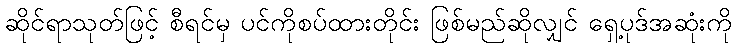
ဆိုင်ရာသုတ်ဖြင့် စီရင်မှ ပင်ကိုစပ်ထားတိုင်း ဖြစ်မည်ဆိုလျှင် ရှေ့ပုဒ်အဆုံးကို